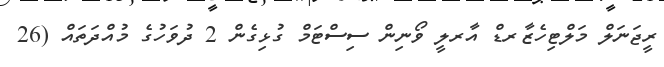
ރީޖަނަލް މަލްޓިހެޒާރޑް އާރލީ ވޯނިން ސިސްޓަމް ގުޅިގެން 2 ދުވަހުގެ މުއްދަތައް (26